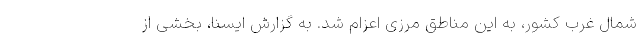
شمال غرب کشور، به این مناطق مرزی اعزام شد. به گزارش ایسنا، بخشی از